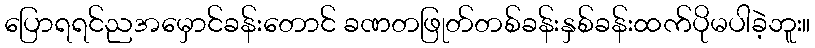
ပြောရရင်ညအမှောင်ခန်းတောင် ခဏတဖြုတ်တစ်ခန်းနှစ်ခန်းထက်ပိုမပါခဲ့ဘူး။